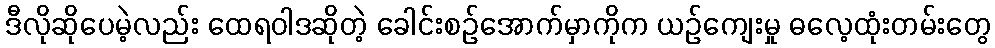
ဒီလိုဆိုပေမဲ့လည်း ထေရဝါဒဆိုတဲ့ ခေါင်းစဉ်အောက်မှာကိုက ယဉ်ကျေးမှု ဓလေ့ထုံးတမ်းတွေ